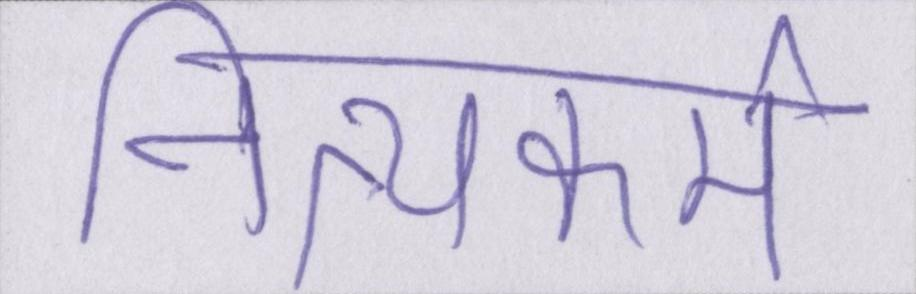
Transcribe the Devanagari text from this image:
नित्यकर्म